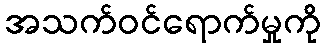
အသက်ဝင်ရောက်မှုကို